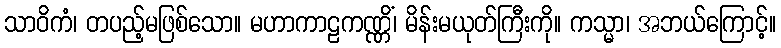
သာဝိကံ၊ တပည့်မဖြစ်သော။ မဟာကာဠကဏ္ဏိံ၊ မိန်းမယုတ်ကြီးကို။ ကသ္မာ၊ အဘယ်ကြောင့်။